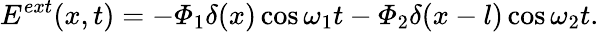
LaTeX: E^{ext}(x,t)=-\varPhi_{1}\delta(x)\cos\omega_{1}t-\varPhi_{2}\delta(x-l)\cos\omega_{2}t.